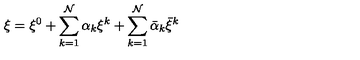
\xi = \xi ^ { 0 } + \sum _ { k = 1 } ^ { \cal N } \alpha _ { k } \xi ^ { k } + \sum _ { k = 1 } ^ { \cal N } \bar { \alpha } _ { k } \bar { \xi } ^ { k }